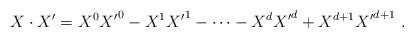
LaTeX: \begin{align*}X\cdot X' = {X^0} {X'}^0 - {X^1} {X'}^1 - \cdots - {X^d}{X'}^d+ X^{d+1} {X'}^{d+1}\ .\end{align*}